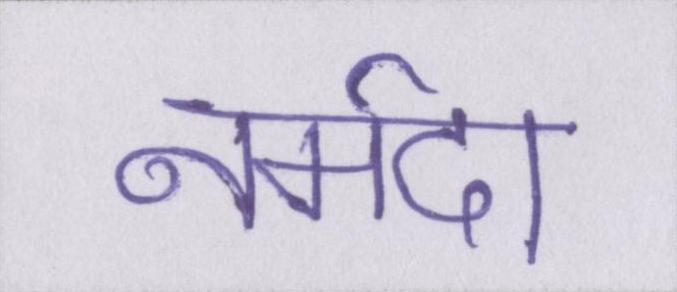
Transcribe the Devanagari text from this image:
नर्मदा